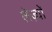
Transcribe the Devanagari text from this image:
लेज़्यों